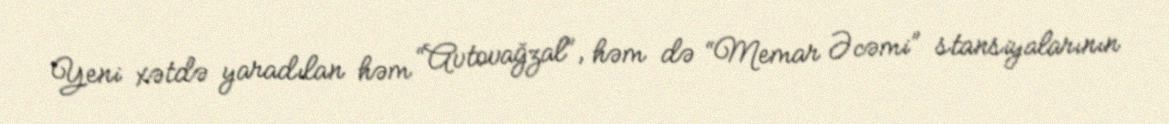
Yeni xətdə yaradılan həm “Avtovağzal”, həm də “Memar Əcəmi” stansiyalarının